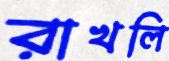
রাখলি